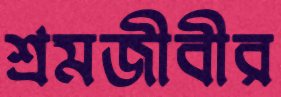
শ্রমজীবীর